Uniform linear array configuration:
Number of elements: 8
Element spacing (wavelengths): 0.5
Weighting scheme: hann
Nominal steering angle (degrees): -30
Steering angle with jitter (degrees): -31.428
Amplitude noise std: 0.05
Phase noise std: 0.05

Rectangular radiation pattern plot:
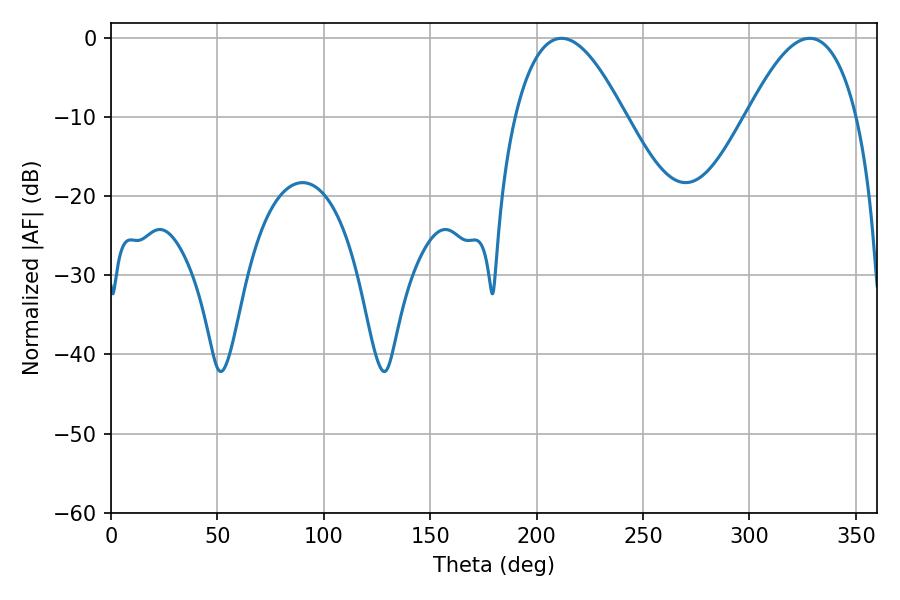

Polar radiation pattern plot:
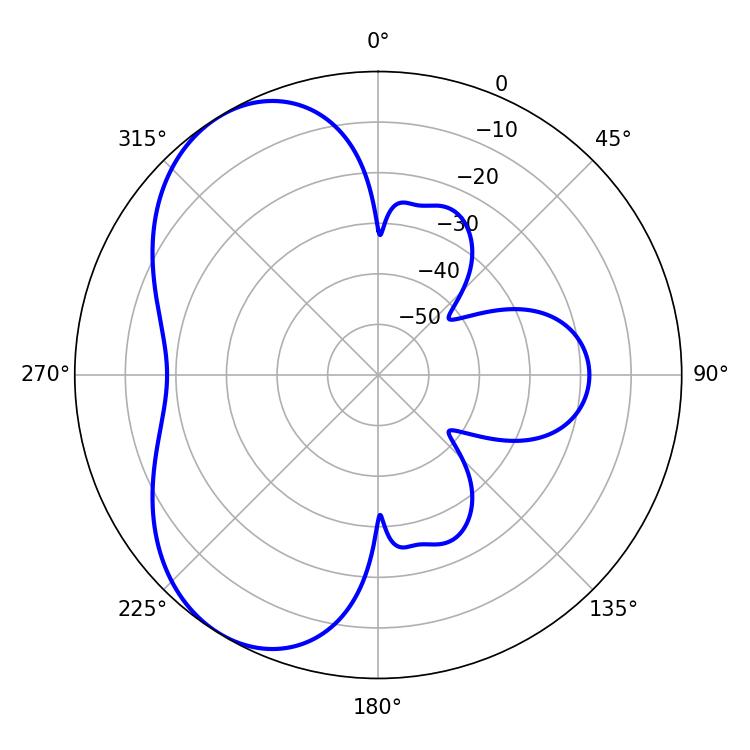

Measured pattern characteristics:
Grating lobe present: FALSE
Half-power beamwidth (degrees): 28.44
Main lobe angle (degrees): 211.68